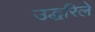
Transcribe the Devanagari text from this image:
उद्धरिले